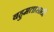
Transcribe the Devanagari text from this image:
बहुमतासाठी